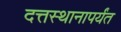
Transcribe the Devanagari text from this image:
दत्तस्थानापर्यंत